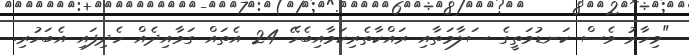
"މިހާރު ވެސް ކަނޑުމަތީގެ ސަލާމަތާއި ރައްކާތެރިކަމާއިބެހޭ 24 އެތައް ގަވާއިދެއް ހެދިފައި އެބަހުރި.